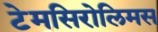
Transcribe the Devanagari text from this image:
टेमसिरोलिमस